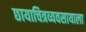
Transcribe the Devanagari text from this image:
छायाचित्रव्यवसायाला